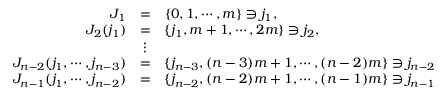
\begin{array} { r c l } { { J _ { 1 } } } & { { = } } & { { \{ 0 , 1 , \cdots , m \} \ni j _ { 1 } , } } \\ { { J _ { 2 } ( j _ { 1 } ) } } & { { = } } & { { \{ j _ { 1 } , m + 1 , \cdots , 2 m \} \ni j _ { 2 } , } } \\ { { } } & { { \vdots } } & { { } } \\ { { J _ { n - 2 } ( j _ { 1 } , \cdots , j _ { n - 3 } ) } } & { { = } } & { { \{ j _ { n - 3 } , ( n - 3 ) m + 1 , \cdots , ( n - 2 ) m \} \ni j _ { n - 2 } } } \\ { { J _ { n - 1 } ( j _ { 1 } , \cdots , j _ { n - 2 } ) } } & { { = } } & { { \{ j _ { n - 2 } , ( n - 2 ) m + 1 , \cdots , ( n - 1 ) m \} \ni j _ { n - 1 } } } \end{array}